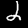
Label: 2